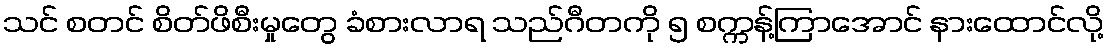
သင် စတင် စိတ်ဖိစီးမှုတွေ ခံစားလာရ သည်ဂီတကို ၅ စက္ကန့်ကြာအောင် နားထောင်လို့